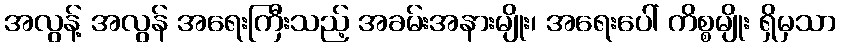
အလွန့် အလွန် အရေးကြီးသည့် အခမ်းအနားမျိုး၊ အရေးပေါ် ကိစ္စမျိုး ရှိမှသာ